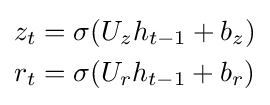
{\begin{aligned}z_{t}&=\sigma (U_{z}h_{t-1}+b_{z})\\r_{t}&=\sigma (U_{r}h_{t-1}+b_{r})\\\end{aligned}}